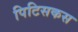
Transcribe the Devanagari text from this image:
पिटिसकस